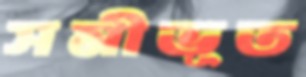
সমীভূত